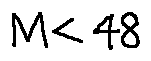
M < 4 8